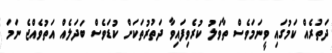
ދަތުރެއް ކަމުގައި ވީނަމަވެސް ތާވަލު ކުރެވިފައިވާ ދަތުރުތަކަށް ކުޑަވެސް ބަދަލެއް އަތުވެއްޖެ ނަމަ